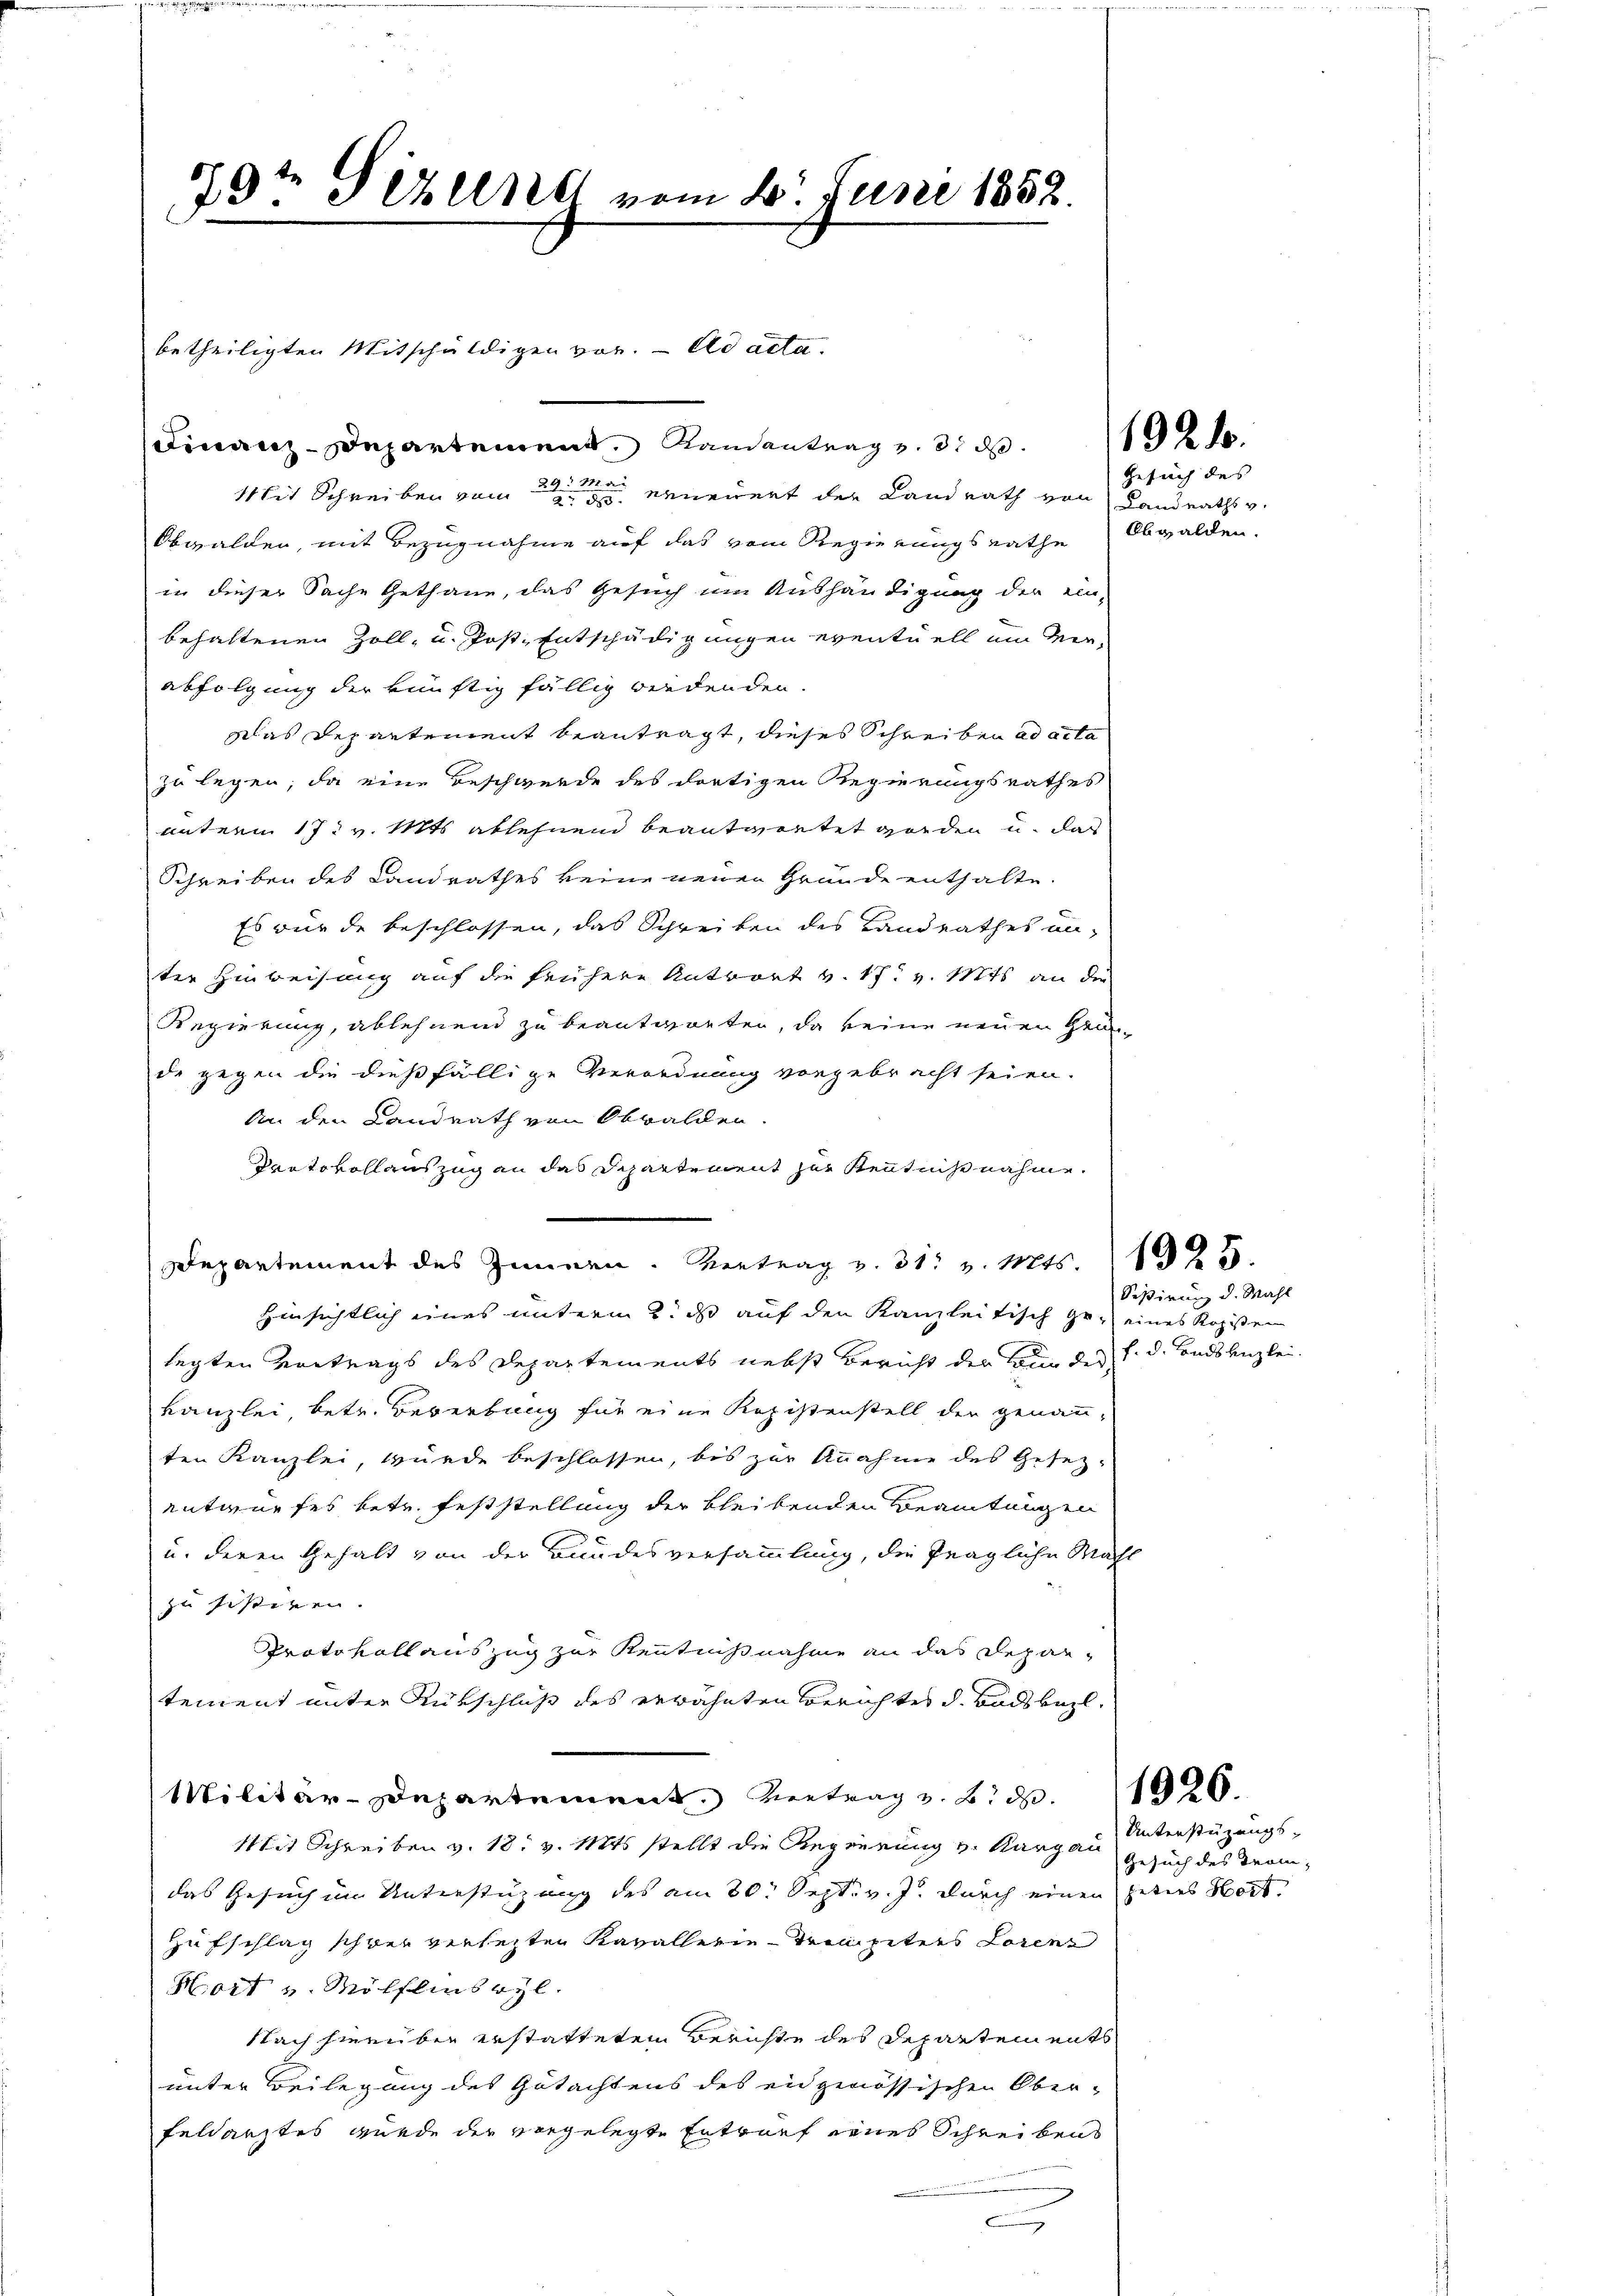
9t Serend vom 25. Juni 1858.

betheiligten Mitschuldigen vor. ad acta.
Finanz-Departement Randantrag v. 8. d.
Mit Schreiben vom erneuert der Landrath von Landraths v.
Obwalden, mit Bezugnahme auf das vom Regierungsrathe Obwalden,
in dieser Sache Gethane, das Gesuch um Aushändigung der ein-
behaltenen Zoll- u. Post. Entschädigungen eventuell um Ver-
abfolgung der künftig fällig werdenden.
Das Departement beantragt, dieses Schreiben ad acta
zu legen; da eine Beschwerde des dortigen Regierungsrathes
unterm 17. v. Mts. ablehnend beantwortet werden u. das
Schreiben des Landrathes keine neuen Gründe enthalte.
Es wurde beschlossen, das Schreiben des Landrathes un-
ter Hinweisung auf die frühere Antwort v. 17. v. Mts. an die
Regierung, ablehnend zu beantworten, da keine neuen Grun
de gegen die dießfällige Verordnung vorgebracht seien.
An den Landrath von Obwalden.
Vartovollauszug an das Departement zur Kenntnißnahme.
Hinsichtlich eines unterm 2. ds auf den Kanzleitisch ge- eines Kopisten
legten Vortrags des Departements nebst Bericht der kann des h. d. Landsanzlei.
Kanzlei, betr. Bewerbung für eine Registenstell der genannten Kanzlei, wurde beschlossen, bis zur Annahme des Gesezentwurfes betr. feststellung der bleibenden Beamtungen
u. deren Gehalt von der Bundesversammlung, die fragliche Mahl
zu sistiken. |
Protokollauszug zur Kenntnißnahme an das Depar-
tement unter Kürschluße des erwähnten Berichtes d. Badsbohl¬
Militär-Departement. Vertrag z. B. d. 1020.
Mit Schreiben v. 18. v. Mts. stellt die Regierung v. Kargau
das Gesuch im Unterstüzung des am 30. Sept. v. J. durch einen Peters Hort
Hufschlag schwer versetzten Kavallerie-Competers Lorene
Hort und Mölflinsryl.
Nach hierüber erstatteten Berichte des Departen ents
unter Beilegung des Gutachtens des eidgenössischen Ober-
Feldarztes wurde der vorgelegte Entwurf eines Schreibens
.

epartement des Zimmen. Vertrag v. 31. v. Mts. 125.

192. 10.

Gesuch des

Seßirung d. Mahl

Unterstüzungs-
Gesuch des Tram¬